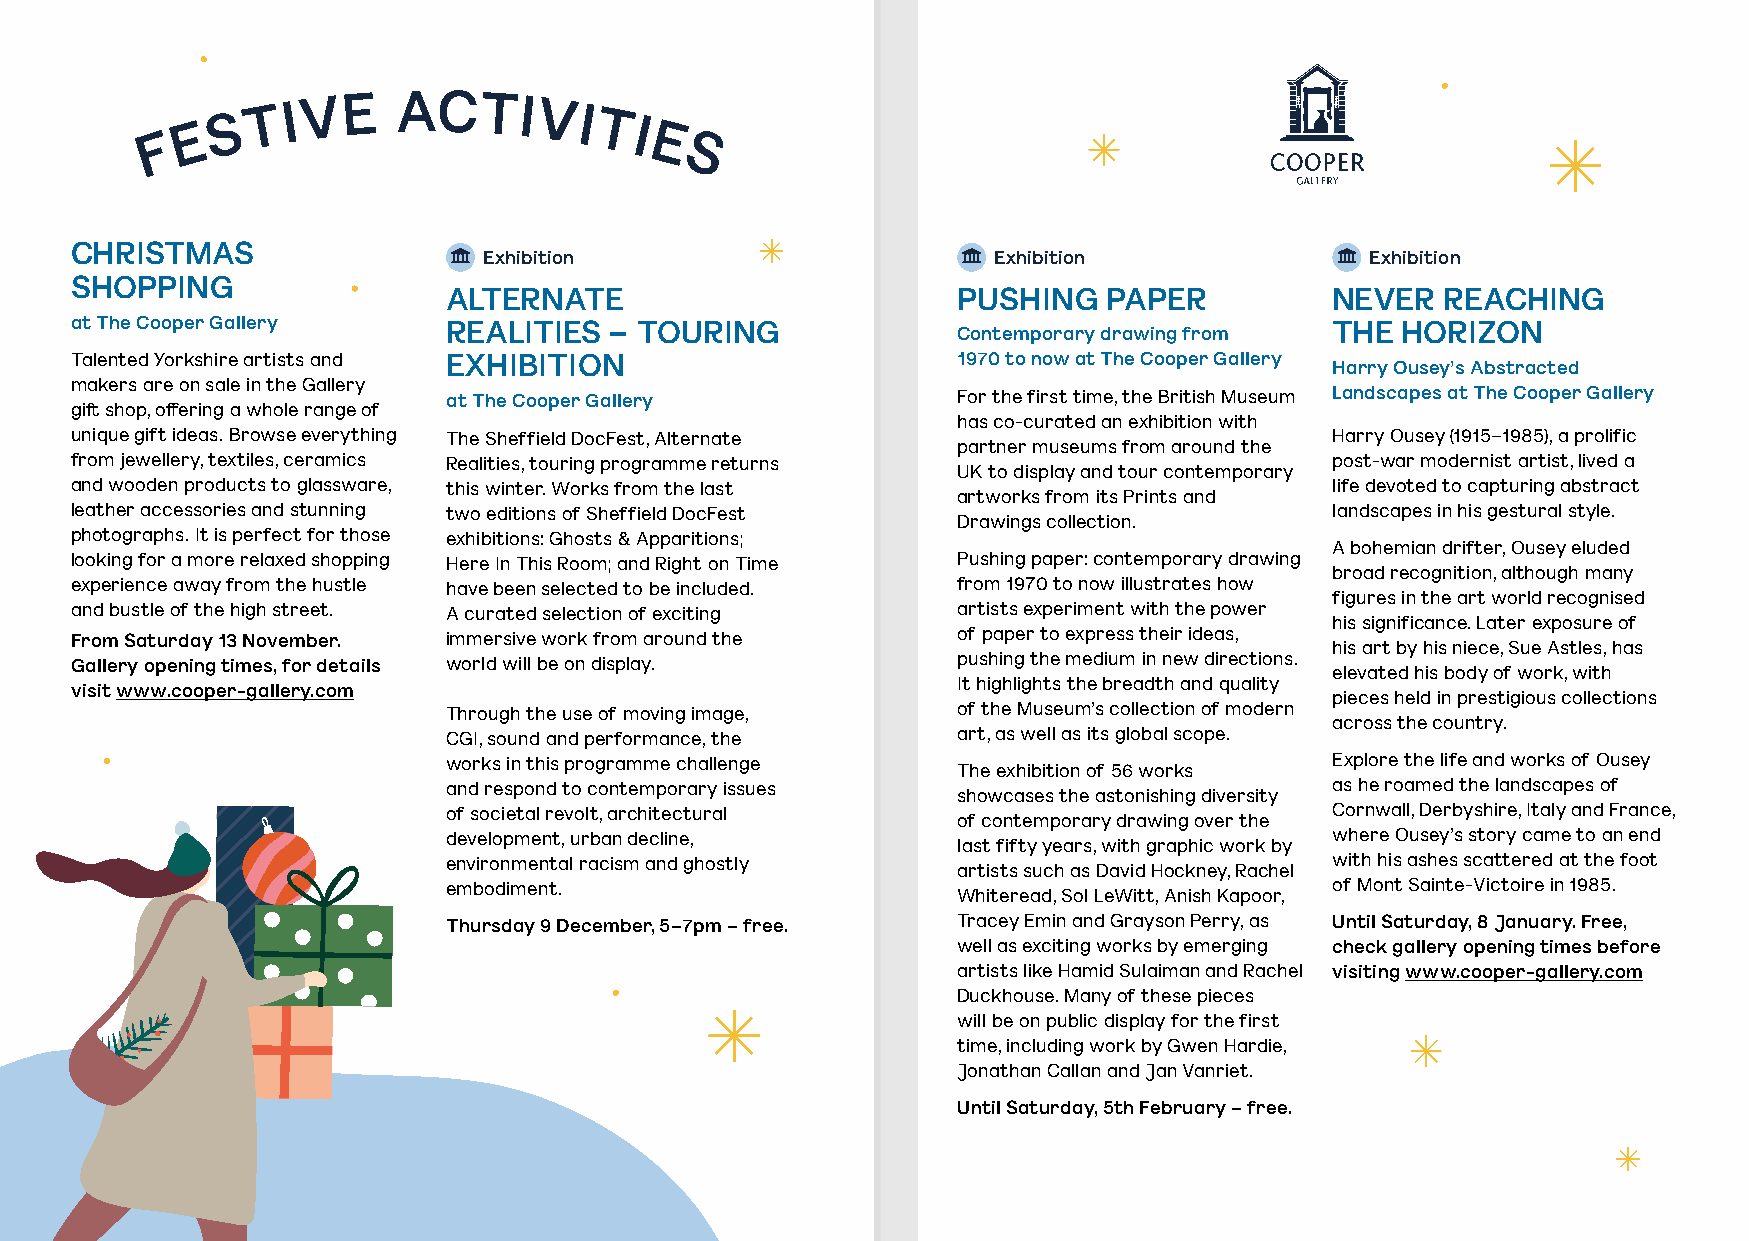
E S
 T I V E  ACTIVI
 TI
 F                               E
 S
 CHRISTMAS
 Exhibition                        Exhibition               Exhibition
 SHOPPING
 ALTERNATE                        PUSHING   PAPER          NEVER   REACHING
 at The Cooper Gallery
 REALITIES – TOURING              Contemporary drawing from THE HORIZON
 Talented Yorkshire artists and EXHIBITION                 1970 to now at The Cooper Gallery Harry Ousey’s Abstracted
 makers are on sale in the Gallery
 at The Cooper Gallery            For the first time, the British Museum Landscapes at The Cooper Gallery
 gift shop, offering a whole range of
 has co-curated an exhibition with
 unique gift ideas. Browse everything The Sheffield DocFest, Alternate              Harry Ousey (1915–1985), a prolific
 partner museums from around the
 from jewellery, textiles, ceramics Realities, touring programme returns            post-war modernist artist, lived a
 UK to display and tour contemporary
 and wooden products to glassware, this winter. Works from the last                 life devoted to capturing abstract
 artworks from its Prints and
 leather accessories and stunning two editions of Sheffield DocFest                 landscapes in his gestural style.
 Drawings collection.
 photographs. It is perfect for those exhibitions: Ghosts & Apparitions;
 A bohemian drifter, Ousey eluded
 looking for a more relaxed shopping Here In This Room; and Right on Time Pushing paper: contemporary drawing
 broad recognition, although many
 experience away from the hustle have been selected to be included. from 1970 to now illustrates how
 figures in the art world recognised
 and bustle of the high street. A curated selection of exciting artists experiment with the power
 his significance. Later exposure of
 From Saturday 13 November. immersive work from around the of paper to express their ideas,
 his art by his niece, Sue Astles, has
 Gallery opening times, for details world will be on display. pushing the medium in new directions.
 elevated his body of work, with
 It highlights the breadth and quality
 visit www.cooper-gallery.com
 pieces held in prestigious collections
 Through the use of moving image, of the Museum’s collection of modern
 across the country.
 CGI, sound and performance, the  art, as well as its global scope.
 works in this programme challenge                         Explore the life and works of Ousey
 The exhibition of 56 works
 and respond to contemporary issues                        as he roamed the landscapes of
 showcases the astonishing diversity
 of societal revolt, architectural                         Cornwall, Derbyshire, Italy and France,
 of contemporary drawing over the
 development, urban decline,                               where Ousey’s story came to an end
 last fifty years, with graphic work by
 environmental racism and ghostly                          with his ashes scattered at the foot
 artists such as David Hockney, Rachel
 embodiment.                                               of Mont Sainte-Victoire in 1985.
 Whiteread, Sol LeWitt, Anish Kapoor,
 Thursday 9 December, 5–7pm – free. Tracey Emin and Grayson Perry, as Until Saturday, 8 January. Free,
 well as exciting works by emerging check gallery opening times before
 artists like Hamid Sulaiman and Rachel visiting www.cooper-gallery.com
 Duckhouse. Many of these pieces
 will be on public display for the first
 time, including work by Gwen Hardie,
 Jonathan Callan and Jan Vanriet.
 Until Saturday, 5th February – free.